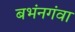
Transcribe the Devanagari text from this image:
बभंनगंवा